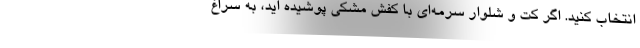
انتخاب کنید. اگر کت و شلوار سرمه‌ای با کفش مشکی پوشیده اید، به سراغ